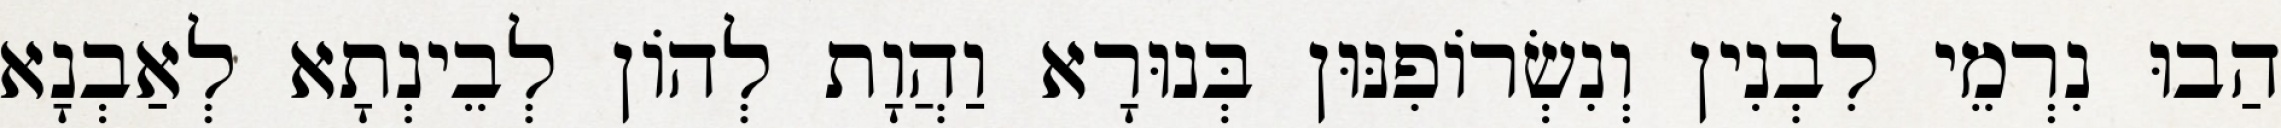
הַבוּ נִרְמֵי לִבְנִין וְנִשְׂרוֹפִנּוּן בְּנוּרָא וַהֲוָת לְהוֹן לְבֵינְתָא לְאַבְנָא